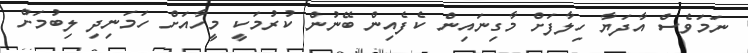
ނަމަވެސް އާދަޔާ ހިލާފަށް މާގިނައިން ކެފެއިން ބޭނުން ކުރުމަކީ މީހާއަށް ހަމަނިދި ލިބުމަށް